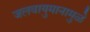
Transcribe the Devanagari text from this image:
जलवायुमानामुळे